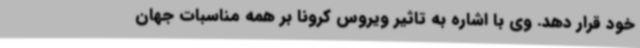
خود قرار دهد. وی با اشاره به تاثیر ویروس کرونا بر همه مناسبات جهان